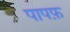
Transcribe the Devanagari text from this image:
पापफ़